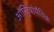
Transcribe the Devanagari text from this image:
ऑस्ट्रियोपैथिक